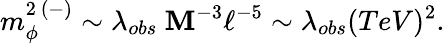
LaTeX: m_{\phi}^{2\ (-)}\sim\lambda_{obs}\ \mathbf{M}^{-3}\ell^{-5}\sim\lambda_{obs}(TeV)^{2}.